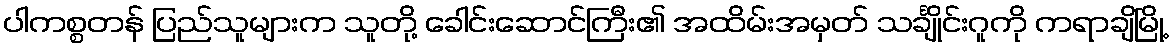
ပါကစ္စတန် ပြည်သူများက သူတို့ ခေါင်းဆောင်ကြီး၏ အထိမ်းအမှတ် သင်္ချိုင်းဂူကို ကရာချိမြို့